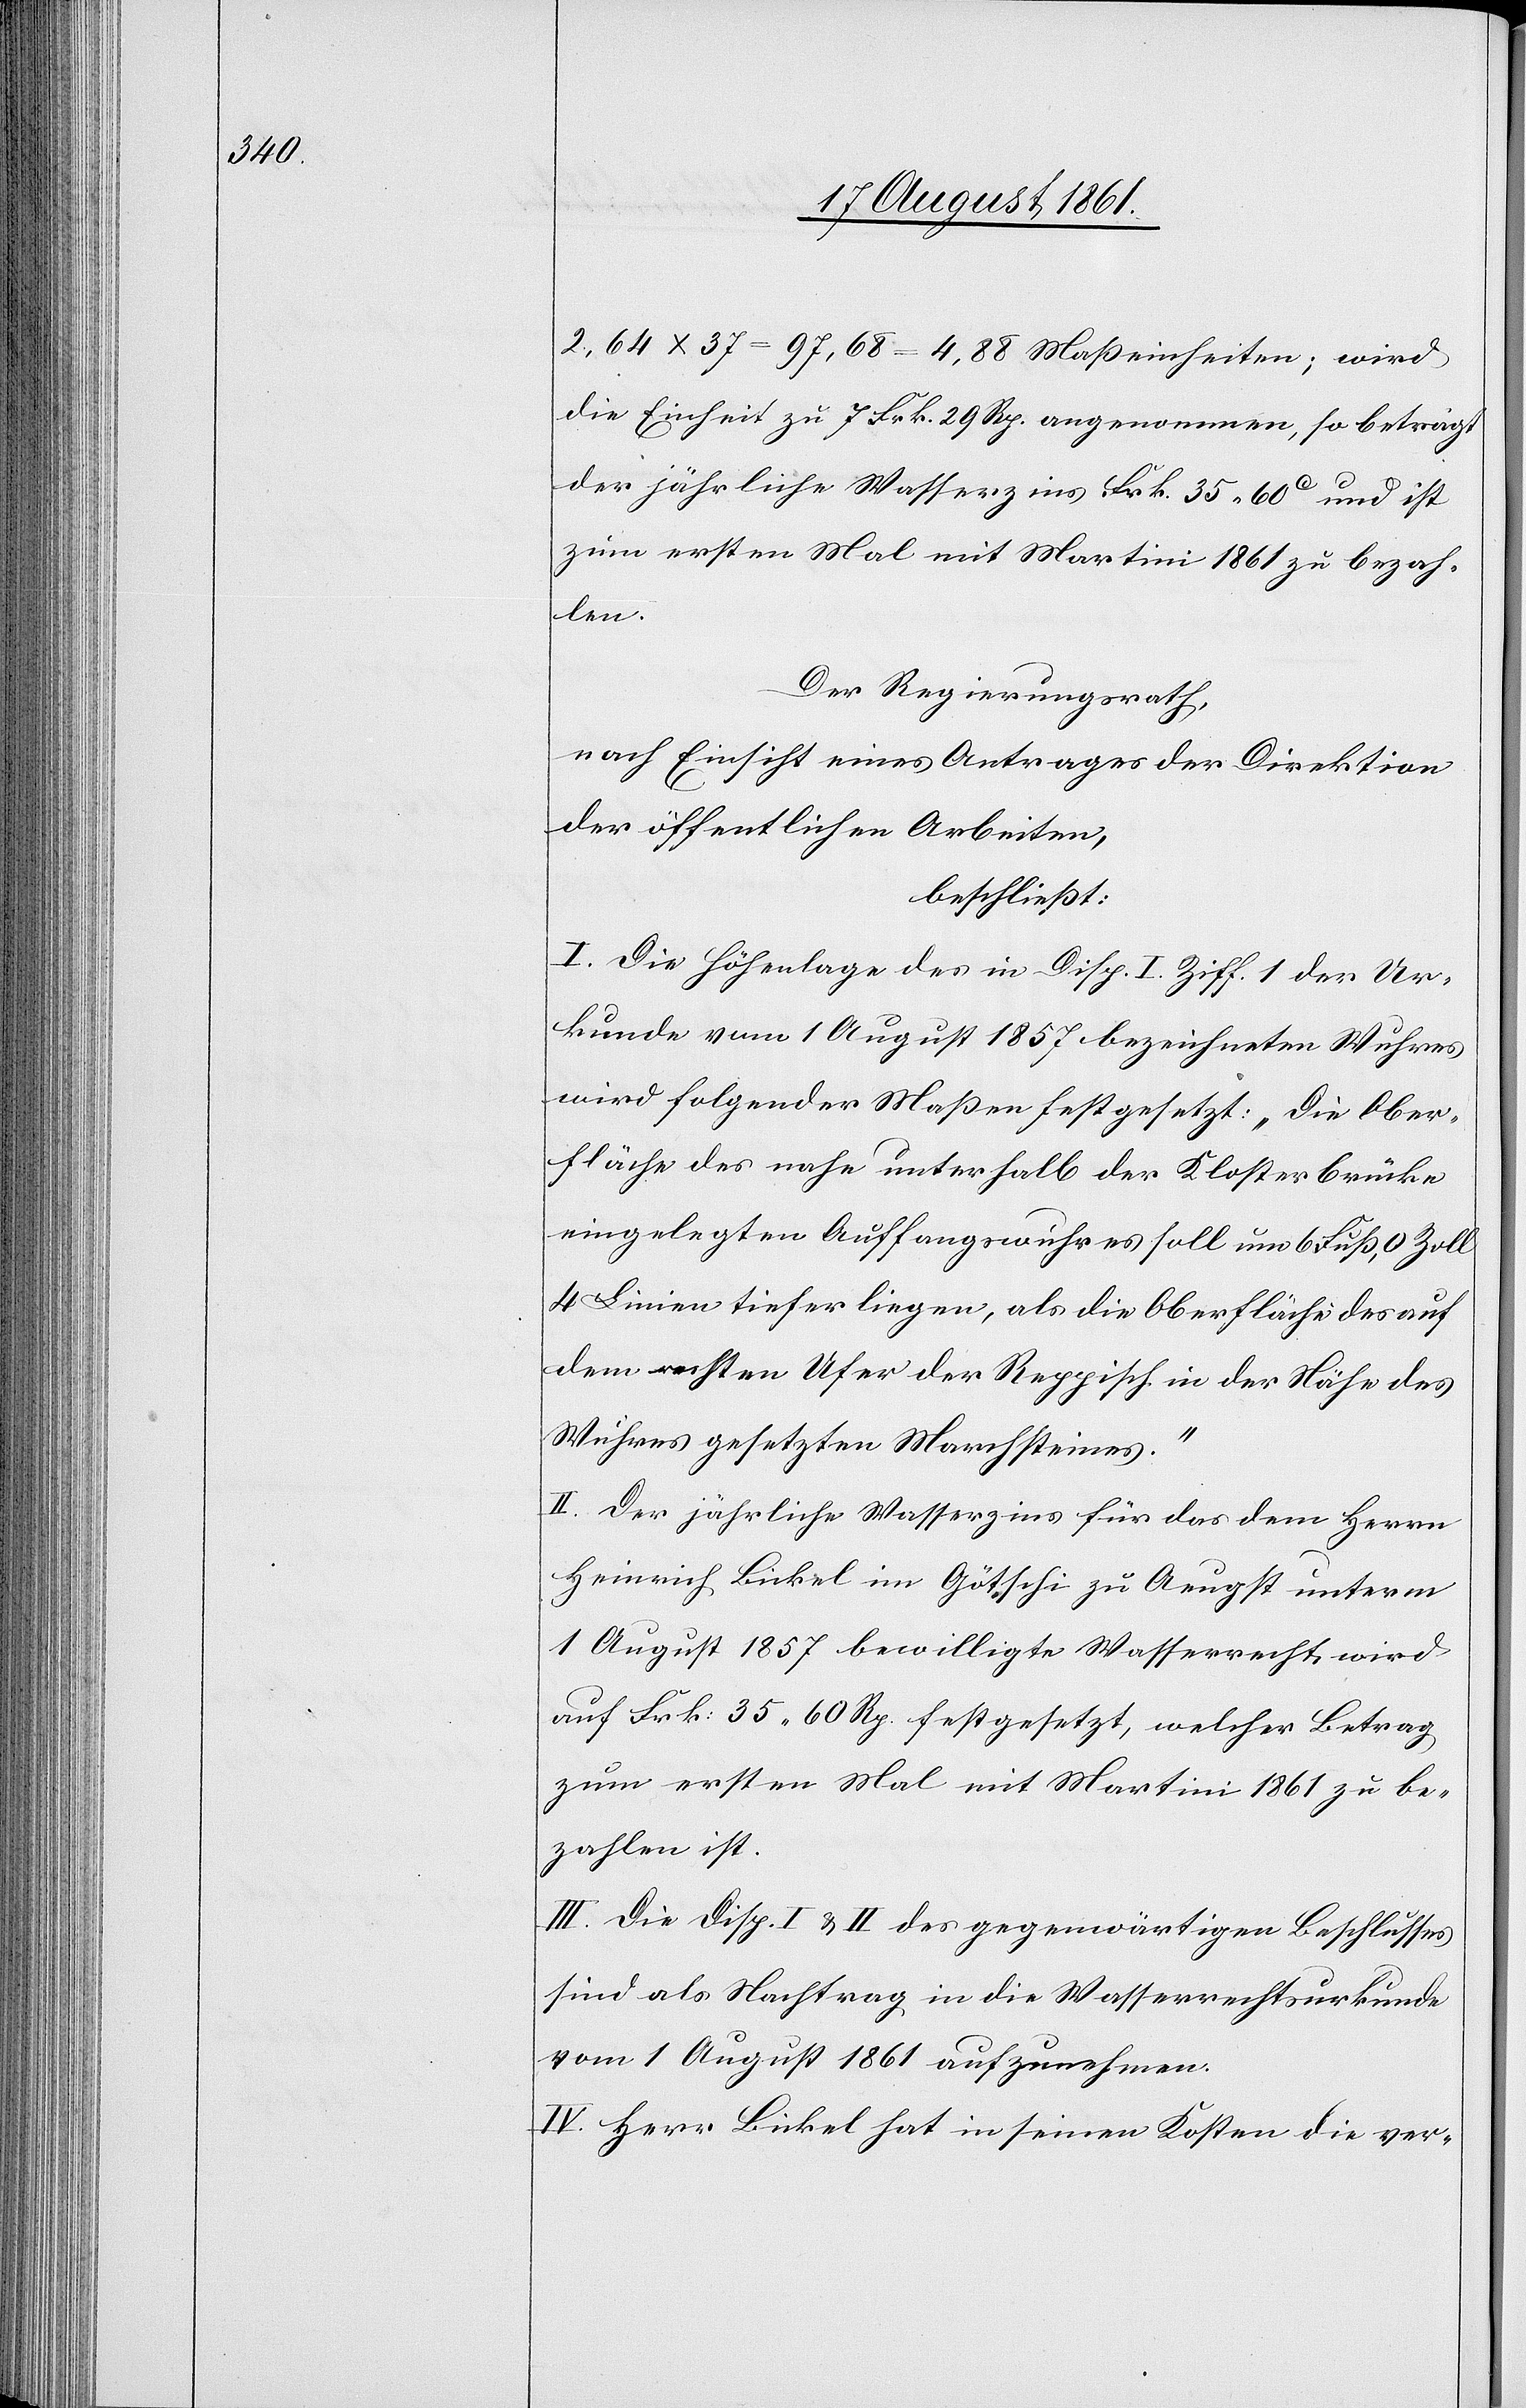
2,64 x 37 = 97,68 = 4,88 Maßeinheiten; wird
die Einheit zu 7 Frk. 29 Rp. angenommen, so beträgt
der jährliche Wasserzins Frk. 35,60c und ist
zum ersten Mal mit Martini 1861 zu bezah¬
len.
Der Regierungsrath,
nach Einsicht eines Antrages der Direktion
der öffentlichen Arbeiten,
beschließt:
I. Die Höhenlage des in Disp. I Ziff. 1 der Ur¬
kunde vom 1 August 1857 bezeichneten Wuhres
wird folgender Maßen festgesetzt: „Die Ober¬
fläche des nahe unterhalb der Klosterbrücke
eingelegten Auffangswuhres soll um 6 Fuß, 0 Zoll
4 Linien tiefer liegen, als die Oberfläche des auf
dem rechten Ufer der Reppisch in der Nähe des
Wuhres gesetzten Marchsteines.“
II. Der jährliche Wasserzins für das dem Herrn
Heinrich Bickel in Götschi zu Aeugst unterm
1 August 1857 bewilligte Wasserrecht wird
auf Frk. 35. 60 Rp. festgesetzt, welcher Betrag
zum ersten Mal mit Martini 1861 zu be¬
zahlen ist.
III. Die Disp. I u. II des gegenwärtigen Beschlusses
sind als Nachtrag in die Wasserrechtsurkunde
vom 1 August 1861 aufzunehmen.
IV. Herr Bickel hat in seinen Kosten die ver-